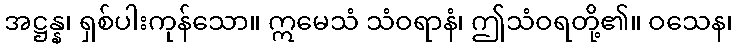
အဋ္ဌန္န၊ ရှစ်ပါးကုန်သော။ ဣမေသံ သံဝရာနံ၊ ဤသံဝရတို့၏။ ဝသေန၊